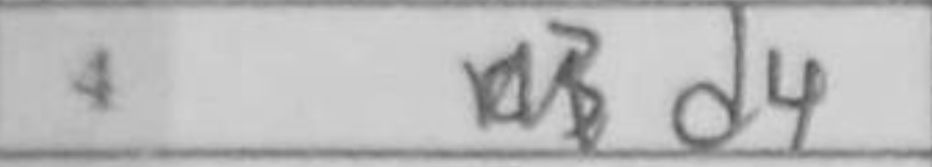
Transcription: d4